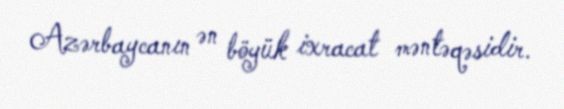
Azərbaycanın ən böyük ixracat məntəqəsidir.